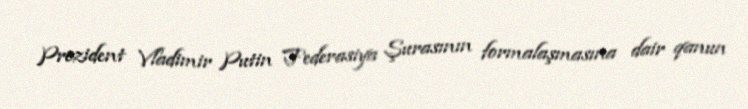
Prezident Vladimir Putin Federasiya Şurasının formalaşmasına dair qanun